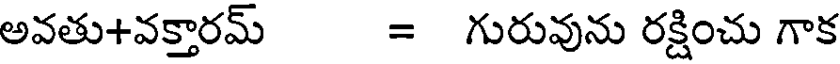
అవతు+వక్తారమ్ = గురువును రక్షించు గాక